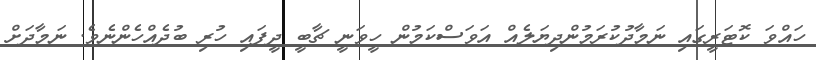
ހައްވަ ކޮޓަރީގައި ނަމާދުކުރަމުންދިޔަލެއް އަވަސްކަމުން ހީވަނީ ޗާބީ ދީފައި ހުރި ބުދެއްހެންނެވެ. ނަމާދަށް